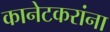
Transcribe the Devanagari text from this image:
कानेटकरांना